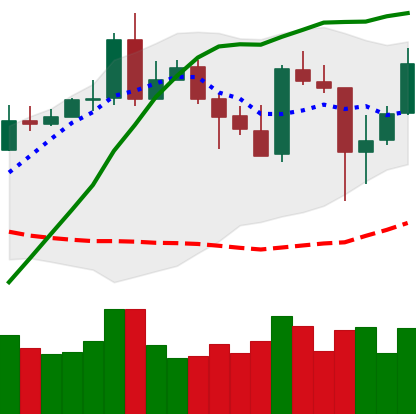
Ticker: XMR-USD
Chart end date: 2020-05-13
Forward return: 3.333%
Label: up_3_5